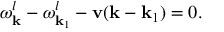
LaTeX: \omega _ { \bf k } ^ { l } - \omega _ { { \bf k } _ { 1 } } ^ { l } - { \bf v } ( { \bf k } - { \bf k } _ { 1 } ) = 0 .